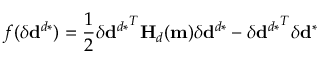
f ( \delta \mathbf { d } ^ { d * } ) = \frac { 1 } { 2 } { \delta \mathbf { d } ^ { d * } } ^ { T } \mathbf { H } _ { d } ( \mathbf { m } ) { \delta \mathbf { d } ^ { d * } } - { \delta \mathbf { d } ^ { d * } } ^ { T } \delta \mathbf { d } ^ { * }